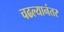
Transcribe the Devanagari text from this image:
चढल्यानंतर